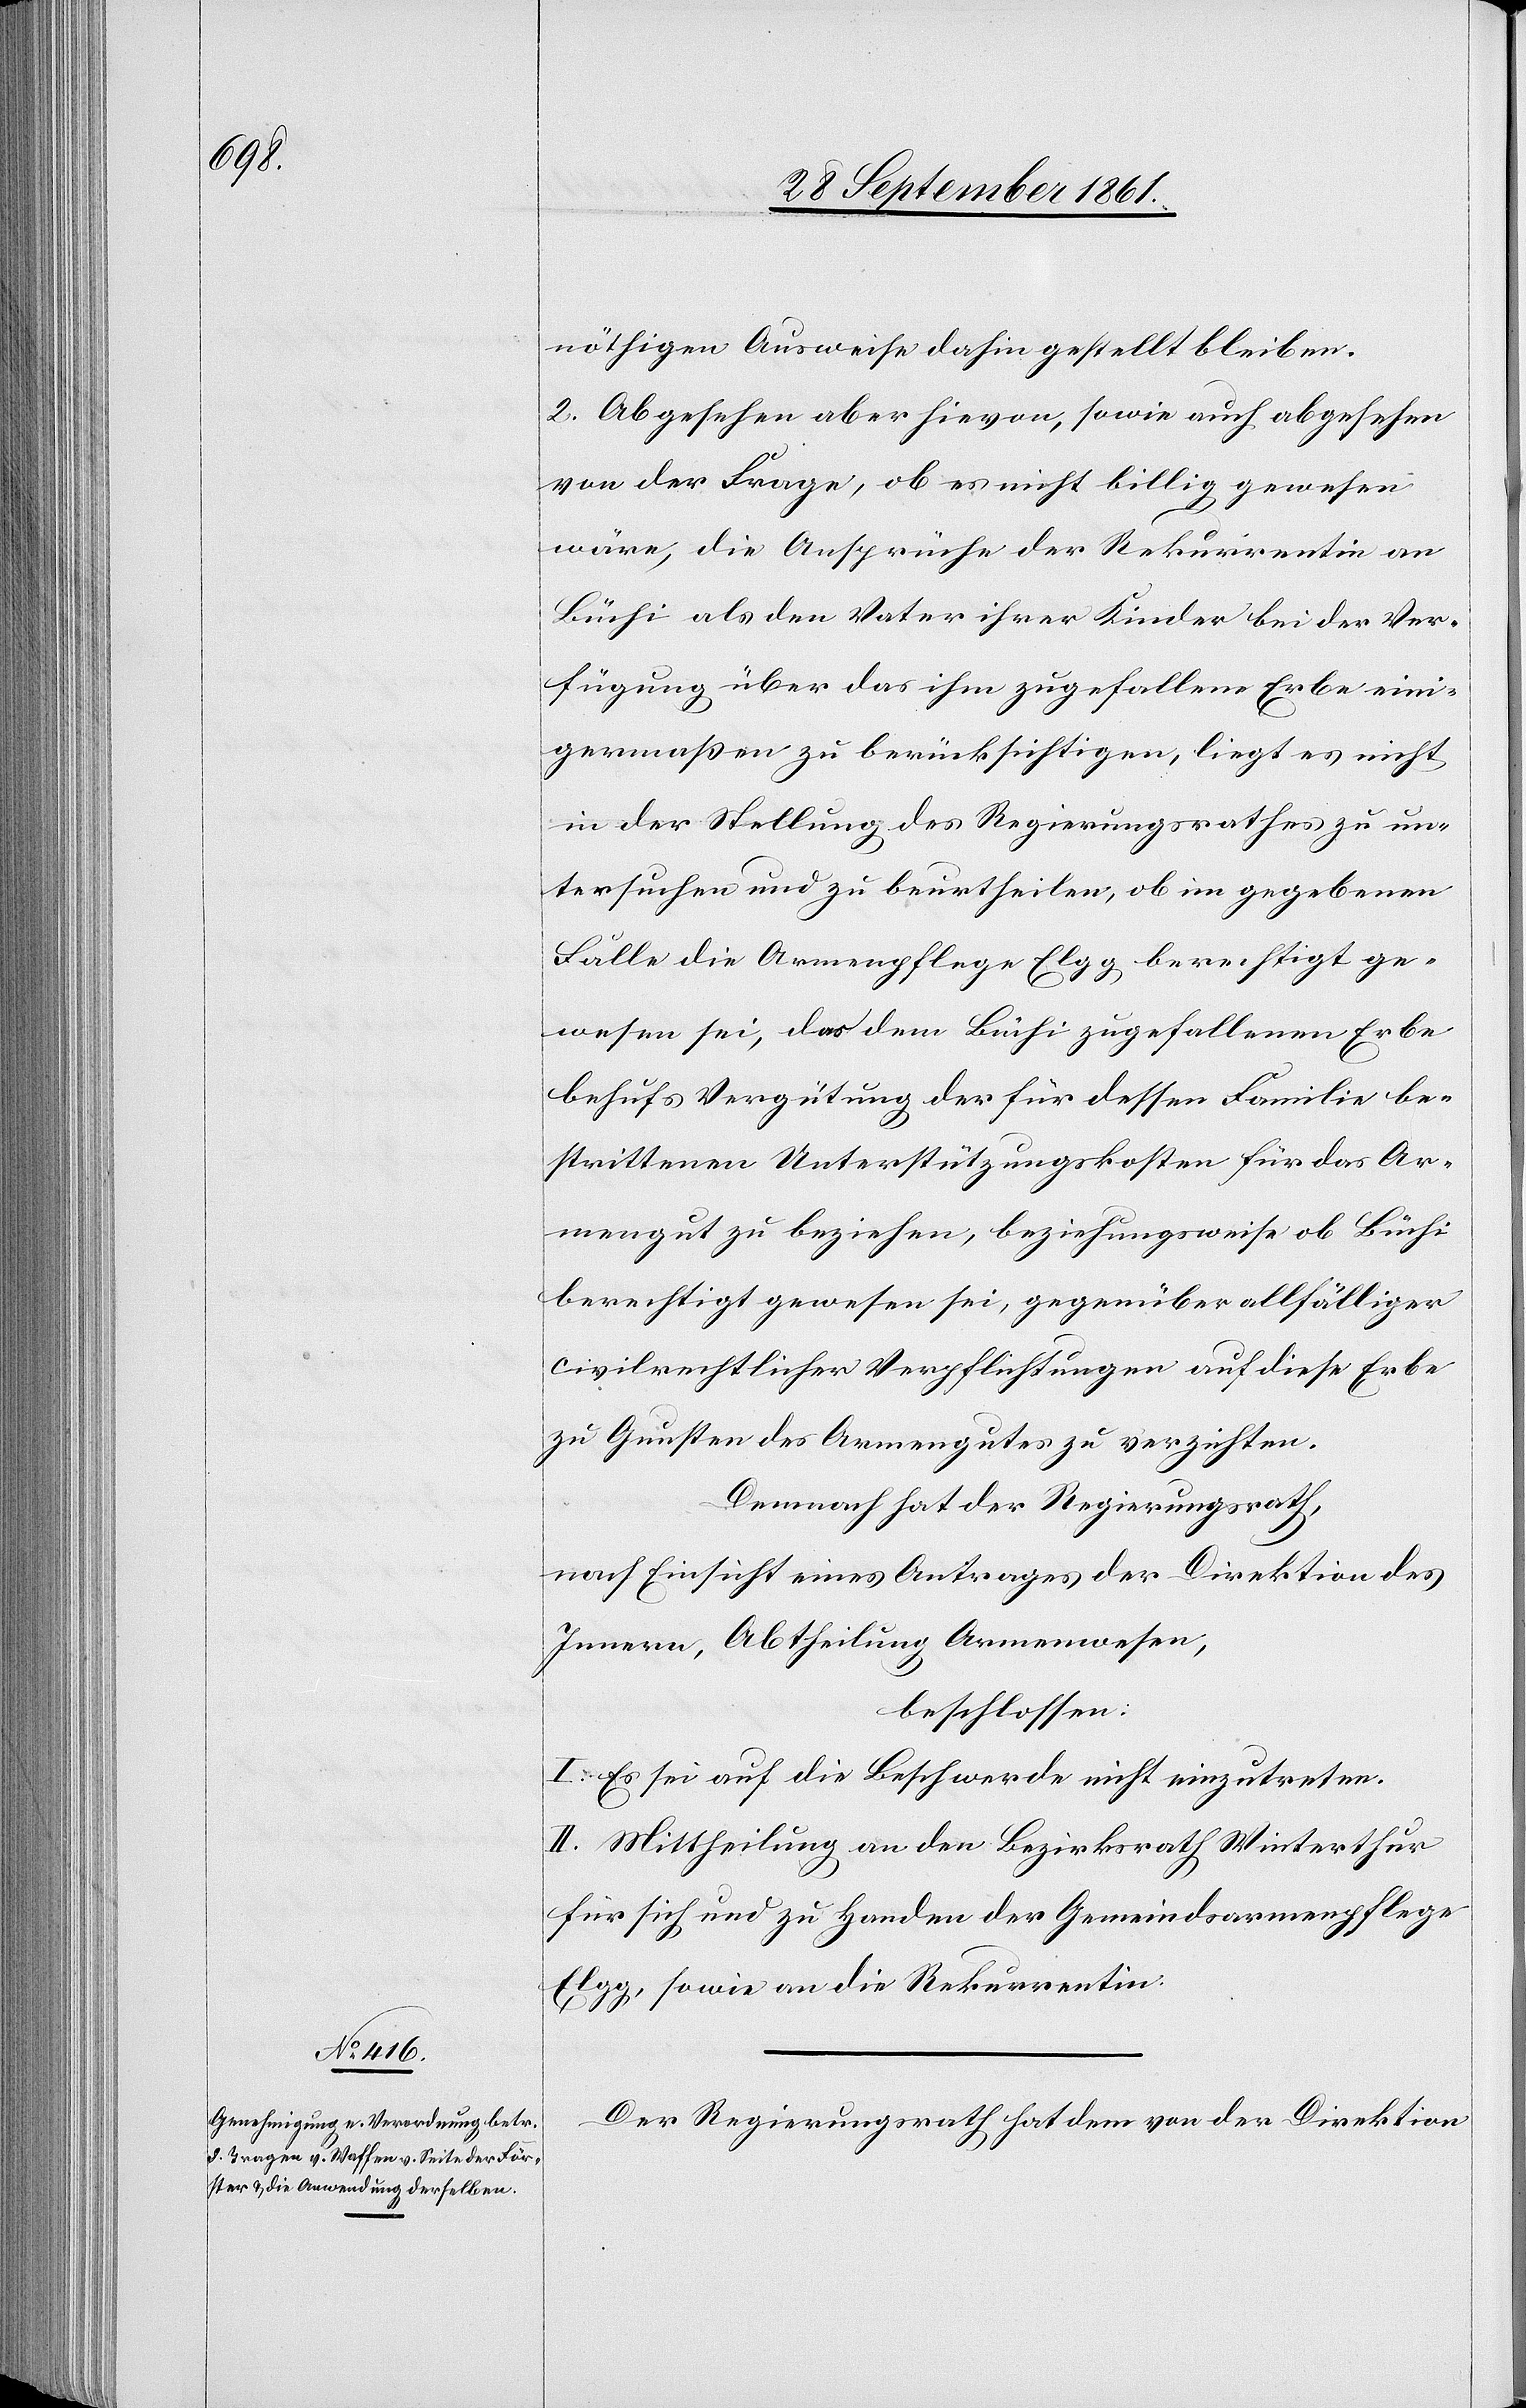
nöthigen Ausweise dahin gestellt bleiben.
2. Abgesehen aber hievon, sowie auch abgesehen
von der Frage, ob es nicht billig gewesen
wäre, die Ansprüche der Rekurrentin an
Büchi als den Vater ihrer Kinder bei der Ver¬
fügung über das ihm zugefallene Erbe eini¬
germaßen zu berücksichtigen, liegt es nicht
in der Stellung des Regierungsrathes zu un¬
tersuchen und zu beurtheilen, ob im gegebenen
Falle die Armenpflege Elgg berechtigt ge¬
wesen sei, das dem Büchi zugefallene Erbe
behufs Vergütung der für dessen Familie be¬
strittenen Unterstützungskosten für das Ar¬
mengut zu beziehen, beziehungsweise ob Büchi
berechtigt gewesen sei, gegenüber allfälliger
civilrechtlicher Verpflichtungen auf dieses Erbe
zu Gunsten des Armengutes zu verzichten.
Demnach hat der Regierungsrath,
nach Einsicht eines Antrages der Direktion des
Innern, Abtheilung Armenwesen,
beschlossen:
I. Es sei auf die Beschwerde nicht einzutreten.
II. Mittheilung an den Bezirksrath Winterthur
für sich und zu Handen der Gemeindsarmenpflege
Elgg, sowie an die Rekurrentin.
Der Regierungsrath hat dem von der Direktion